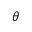
\boldsymbol { \theta }